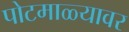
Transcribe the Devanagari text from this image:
पोटमाळ्यावर